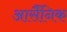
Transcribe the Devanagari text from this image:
आर्सैंनिक